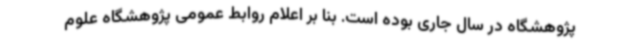
پژوهشگاه در سال جاری بوده است. بنا بر اعلام روابط عمومی پژوهشگاه علوم